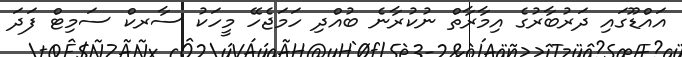
އައްޑޫގައި ދަރުބާރުގެ އިމާރާތް ނުކުރާނެ ބުއްދި ހަމަޖެހޭ މީހަކު ސާރކް ސަމިޓް ފަަދަ